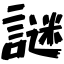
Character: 謎